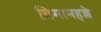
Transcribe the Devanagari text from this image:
विमानहल्ले